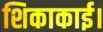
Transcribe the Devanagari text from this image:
शिकाकाई।